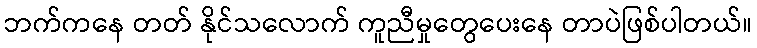
ဘက်ကနေ တတ် နိုင်သလောက် ကူညီမှုတွေပေးနေ တာပဲဖြစ်ပါတယ်။